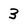
Character: 3